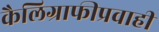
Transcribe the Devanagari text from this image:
कैलिग्राफीप्रवाही